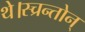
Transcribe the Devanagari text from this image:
थे।स्च्रन्तोन्